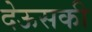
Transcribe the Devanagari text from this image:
देऊसकी